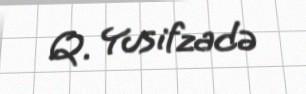
Q. Yusifzadə